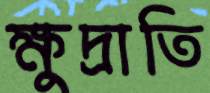
ক্ষুদ্রাতি